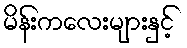
မိန်းကလေးများနှင့်